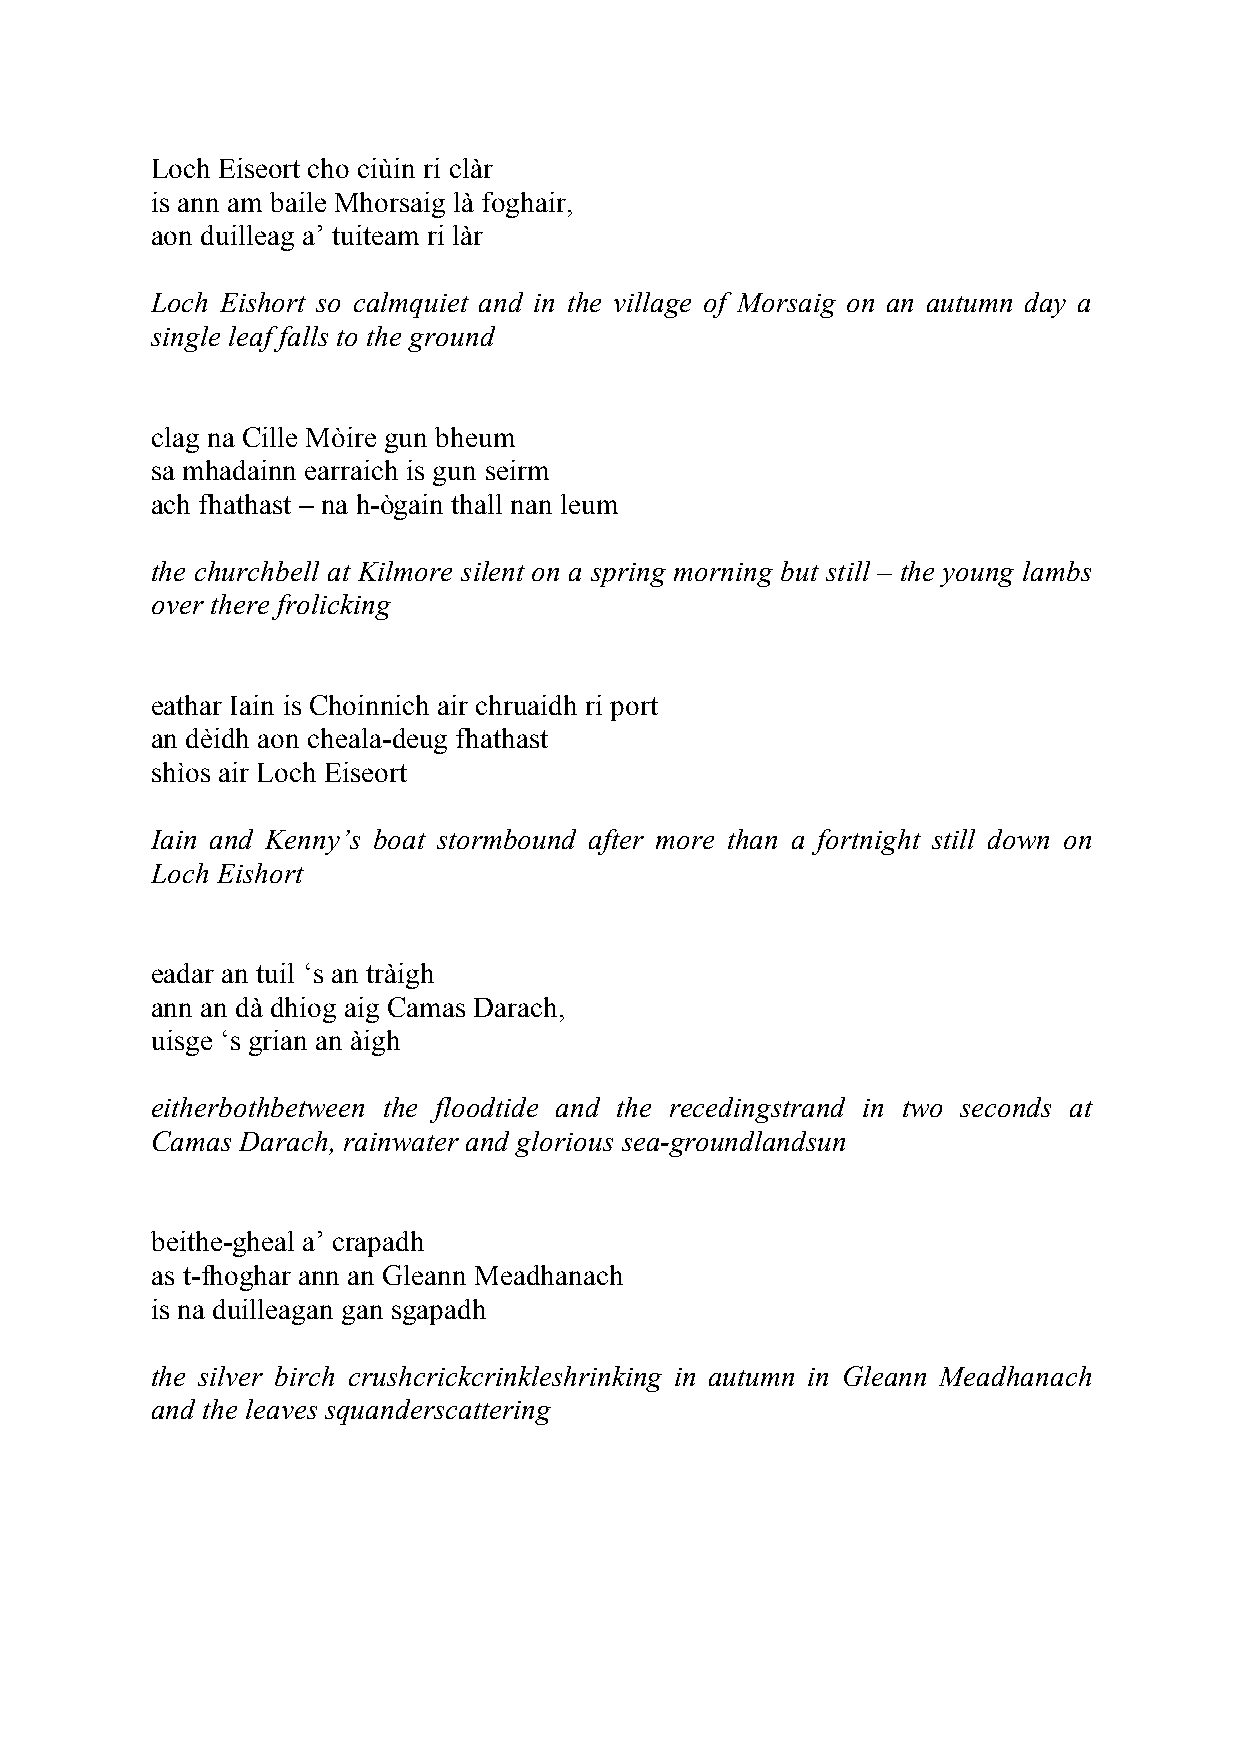
Loch Eiseort cho ciùin ri clàr
 is ann am baile Mhorsaig là foghair,
 aon duilleag a’ tuiteam ri làr
 Loch Eishort so calmquiet and in the village of Morsaig on an autumn day a
 single leaf falls to the ground
 clag na Cille Mòire gun bheum
 sa mhadainn earraich is gun seirm
 ach fhathast – na h-ògain thall nan leum
 the churchbell at Kilmore silent on a spring morning but still – the young lambs
 over there frolicking
 eathar Iain is Choinnich air chruaidh ri port
 an dèidh aon cheala-deug fhathast
 shìos air Loch Eiseort
 Iain and Kenny’s boat stormbound after more than a fortnight still down on
 Loch Eishort
 eadar an tuil ‘s an tràigh
 ann an dà dhiog aig Camas Darach,
 uisge ‘s grian an àigh
 eitherbothbetween the floodtide and the recedingstrand in two seconds at
 Camas Darach, rainwater and glorious sea-groundlandsun
 beithe-gheal a’ crapadh
 as t-fhoghar ann an Gleann Meadhanach
 is na duilleagan gan sgapadh
 the silver birch crushcrickcrinkleshrinking in autumn in Gleann Meadhanach
 and the leaves squanderscattering